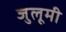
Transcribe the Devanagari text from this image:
जुलूमी